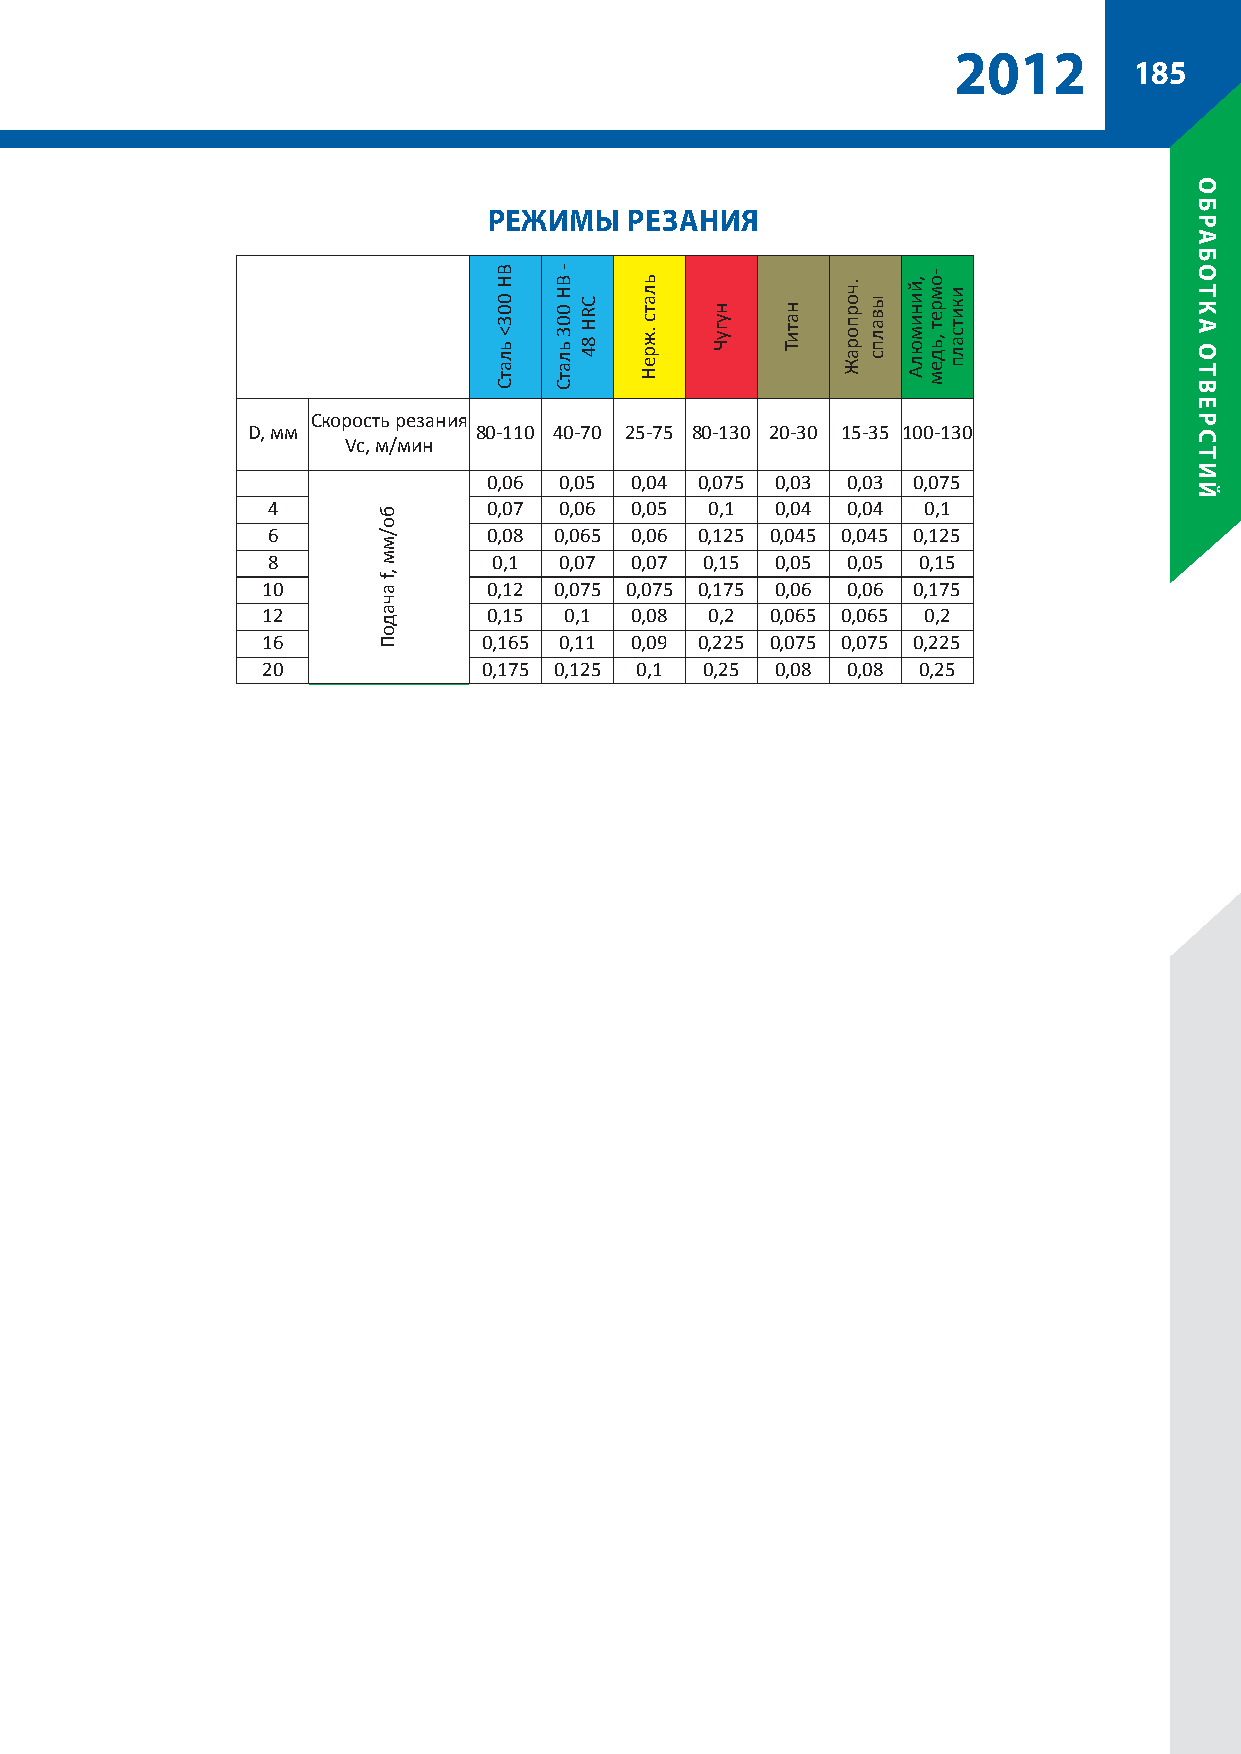
2012
 185
 рЕЖимы    рЕзания
 Скорость резания
 D, мм          80-110 40-70 25-75 80-130 20-30 15-35 100-130
 Vc, м/мин
 3             0,06 0,05 0,04 0,075 0,03 0,03 0,075
 4             0,07 0,06 0,05 0,1 0,04 0,04 0,1
 6             0,08 0,065 0,06 0,125 0,045 0,045 0,125
 8              0,1 0,07 0,07 0,15 0,05 0,05 0,15
 10             0,12 0,075 0,075 0,175 0,06 0,06 0,175
 12             0,15 0,1  0,08 0,2 0,065 0,065 0,2
 16             0,165 0,11 0,09 0,225 0,075 0,075 0,225
 20             0,175 0,125 0,1 0,25 0,08 0,08 0,25
 бо/мм
 ,f
 ачадоП
 BH
 003<
 ьлатС
 - BH
 003
 ьлатС
 CRH
 84
 ьлатс
 .жреН
 нугуЧ натиТ
 .чорпораЖ
 ывалпс
 ,йинимюлА -омрет
 ,ьдем
 икитсалп
 обрабоТка
 оТвЕрсТий